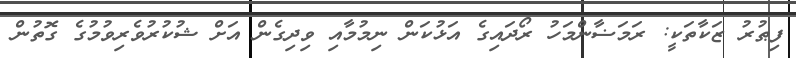
ފިޠުރު ޒަކާތަކީ: ރަމަޟާންމަހު ރޯދައިގެ އަޅުކަން ނިމުމާއި ވިދިގެން އަށް ޝުކުރުވެރިވުމުގެ ގޮތުން